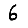
Digit: 6